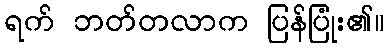
ရက် ဘတ်တလာက ပြန်ပြုံး၏။